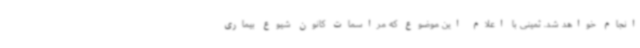
انجام خواهد شد. ثمینی با اعلام این موضوع که مراسمات کانون شیوع بیماری